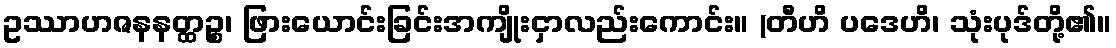
ဥဿာဟဇနနတ္ထဉ္စ၊ ဖြားယောင်းခြင်းအကျိုးငှာလည်းကောင်း။ (တီဟိ ပဒေဟိ၊ သုံးပုဒ်တို့၏။